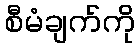
စီမံချက်ကို